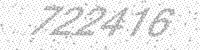
Solution: 722416